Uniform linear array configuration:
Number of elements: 32
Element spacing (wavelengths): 1
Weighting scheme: blackman
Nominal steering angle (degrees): -60
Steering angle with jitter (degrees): -60.029
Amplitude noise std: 0.05
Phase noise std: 0.05

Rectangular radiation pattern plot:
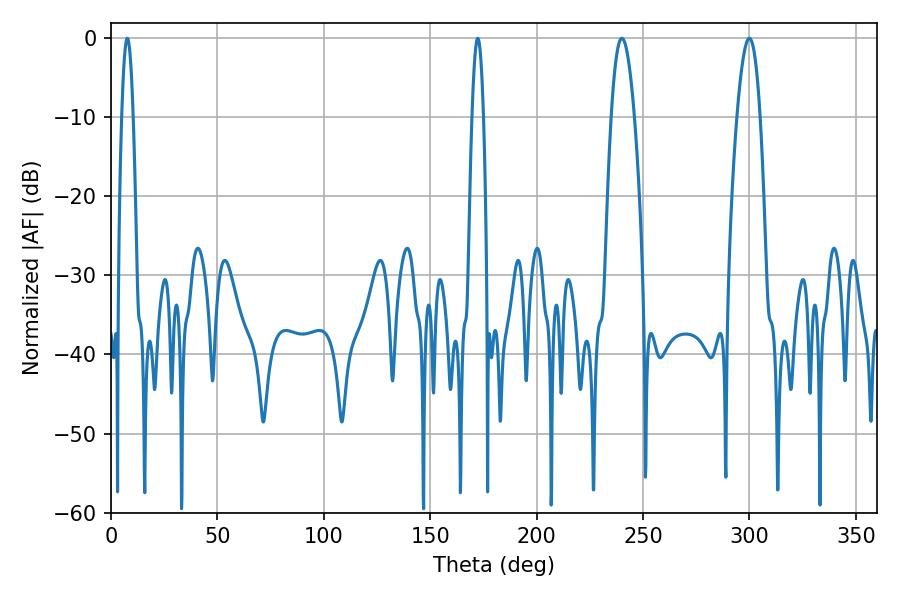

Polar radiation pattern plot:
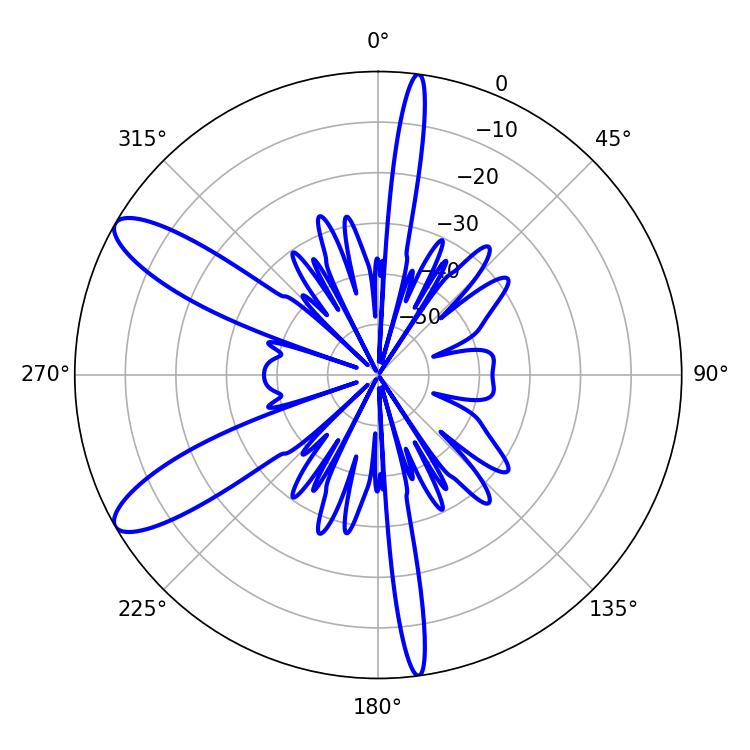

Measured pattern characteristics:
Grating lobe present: TRUE
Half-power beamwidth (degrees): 5.94
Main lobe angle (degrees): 240.12